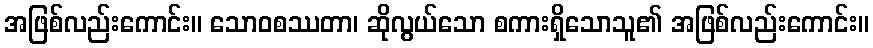
အဖြစ်လည်းကောင်း။ သောဝစဿတာ၊ ဆိုလွယ်သော စကားရှိသောသူ၏ အဖြစ်လည်းကောင်း။